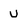
Character: U